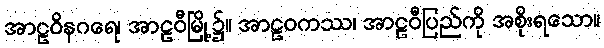
အာဠဝိနဂရေ၊ အာဠဝီမြို့၌။ အာဠဝကဿ၊ အာဠဝီပြည်ကို အစိုးရသော။